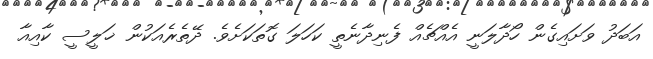
އަބަދު ވަށައިގެން ހޯދާލަނީ އެއްޗެއް ފެނިދާނެތީ ކަހަލަ ގޮތަކަށެވެ. ދޭތެރެއަކުން ޚަލީސީ ކާއިއާ